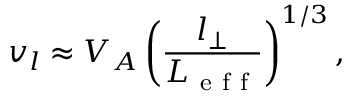
v _ { l } \approx V _ { A } \left( \frac { l _ { \bot } } { L _ { \mathrm { ~ e ~ f ~ f ~ } } } \right) ^ { 1 / 3 } ,